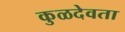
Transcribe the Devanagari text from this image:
कुळदेवता